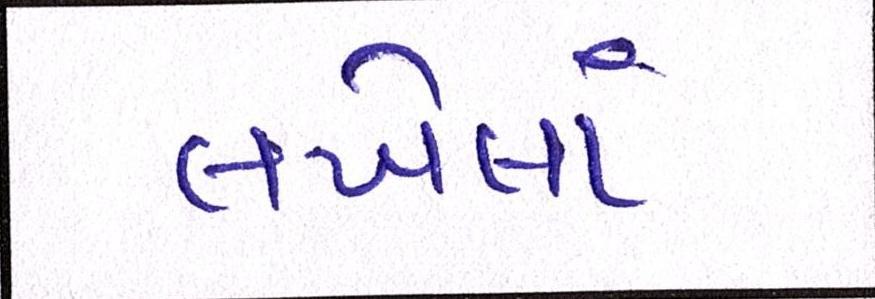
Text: લખેલાં